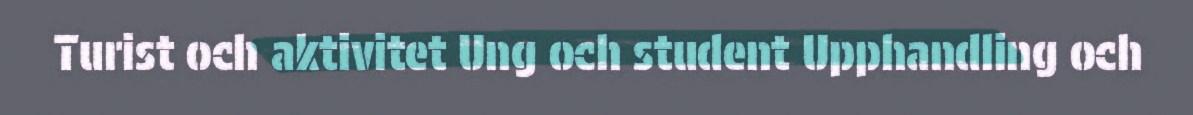
Turist och aktivitet Ung och student Upphandling och